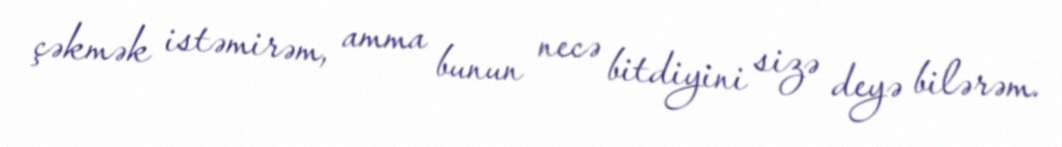
çəkmək istəmirəm, amma bunun necə bitdiyini sizə deyə bilərəm.